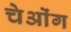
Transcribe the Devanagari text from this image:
चेओंग